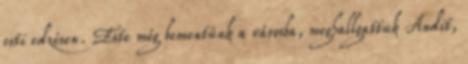
esti edzésen. Este még bementünk a városba, meghallgattuk Andit,